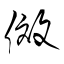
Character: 傚